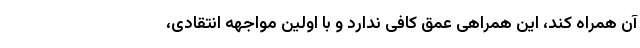
آن همراه کند، این همراهی عمق کافی ندارد و با اولین مواجهه انتقادی،